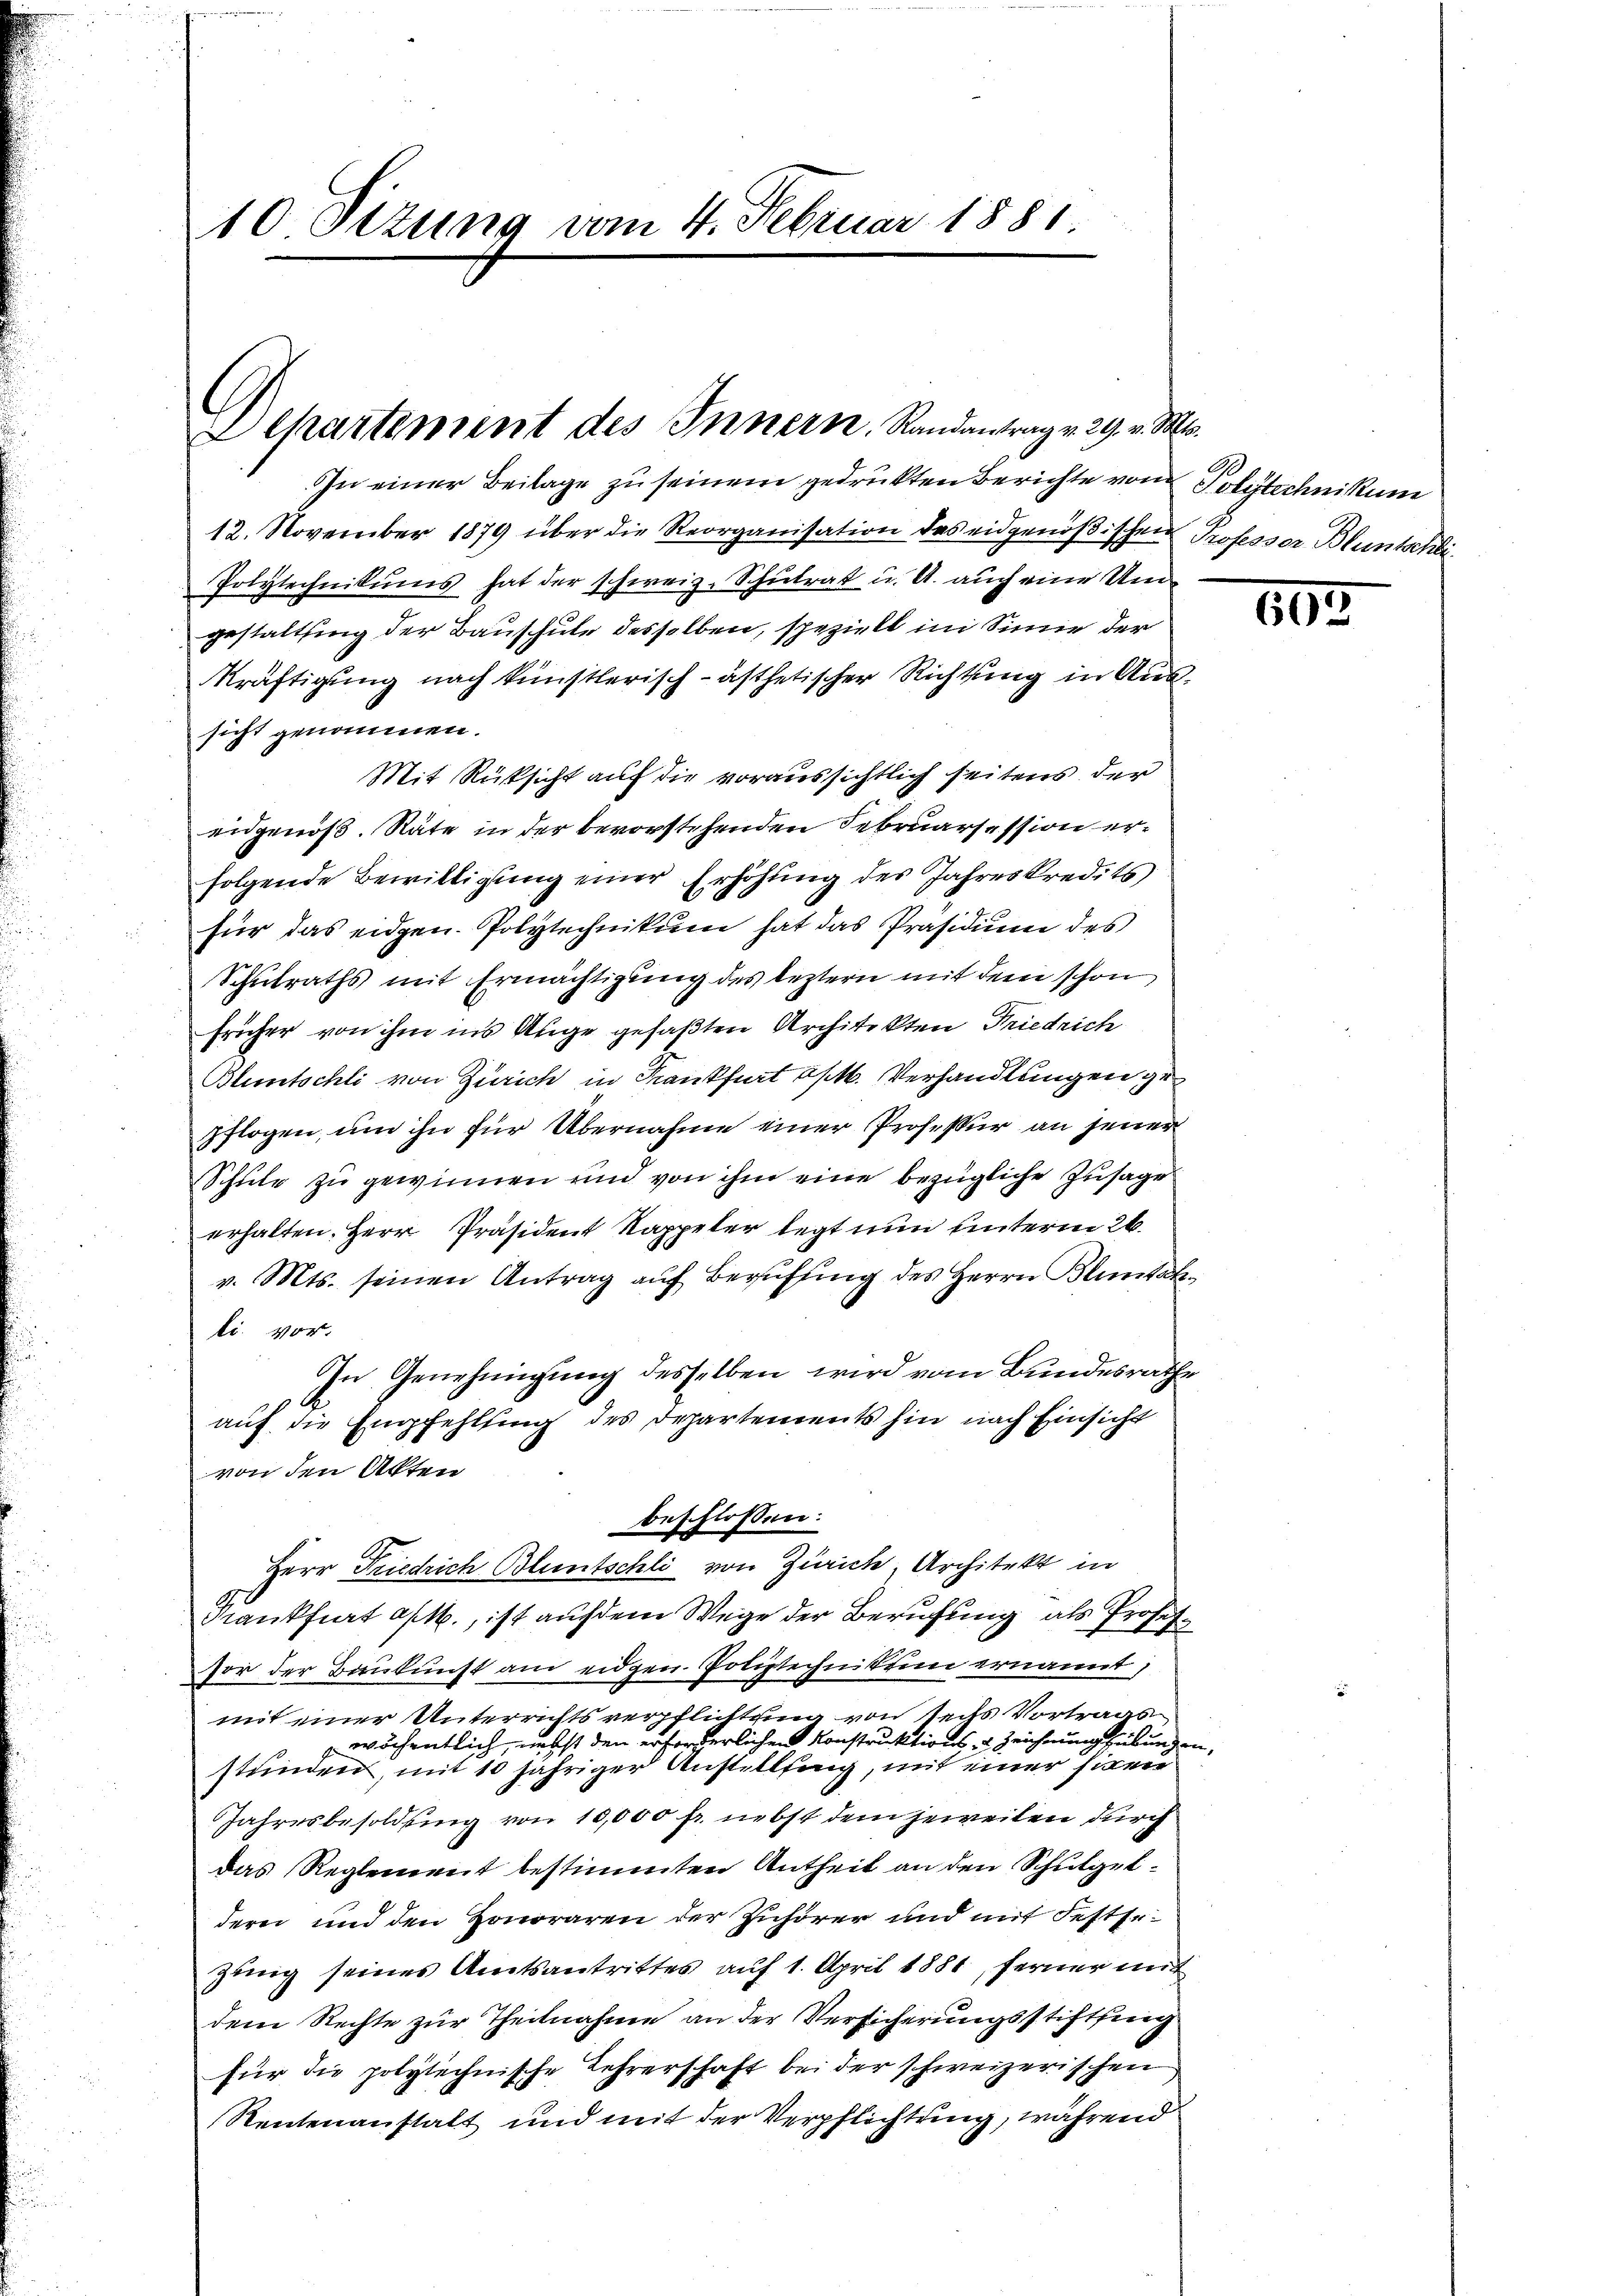
10 Sizung vom 4. Februar 1881.

L Chartement des Innern, Randantrag v. 29. v. Mts.

In einer Beilage zu seinem gedruckten Berichte von Polstechnikum
12. November 1879 über die Reorganisation des eidgenößischen Professor Bluntschli¬
Polytechnikums hat der schweiz. Schulrat u. A. auch eine Ungestattung der Bauschule desselben, speziell im Sinne der
kräftigung nach künstlerisch-ästhetischer Richtung in Aussicht genommen.
Mit Rücksicht auf die voraussichtlich seitens der
eidgenöß. Räte in der bevorstehenden Februarsession erfolgende Bewilligung einer Erhöhung des Jahreskredits
für das eidgen. Polytechnikum hat das Präsidium des
Schulraths mit Ermächtigung des leztern mit dem schon
früher von ihm ins Auge gefaßten Architekten Friedrich
Bluntschli von Zürich in Krankfurt a/M. Verhandlungen gepflogen, um ihn für Übernahme einer Professur an jener
Schule zu gewinnen und von ihm eine bezügliche Zusage
erhalten. Herr Präsident Kappeler legt nun unterm 26.
v. Mts. seinen Antrag aŭf Berŭfŭng des Herrn Bluntal-
ti. vor.
In Genehmigung desselben wird vom Bundesrathe
auf die Empfehlung des Departements hin nach Einsicht
von den Akten
beschlossen:
Herr Friedrich Bluntschli von Zürich, Architekt in
Frankfiert a/M., ist auf dem Wege der Berufung als Profes¬
Vor der Baukunst am eidgen Poliztechnikum ernannt,
mit einer Unterrichtsverpflichtung von sechs Vortrags
wöchentlich, nebst den erforderlichen Konstruktions- & Zeichnungsübung in
stunden, mit 10 jähriger Anstellung, mit einer Eigen
Jahresbesoldung von 10,000 fr. nebst dem jeweilen durch
das Reglement bestimmten Antheil an den Schulgeldern und den Honoraren der Zuhörer und mit Festse
zung seines Amtsantrittes auf 1. April 1881, ferner mit
dem Rechte zur Theilnahme an der Versicherungsstiftung
für die polytechnische Lehrerschaft bei der schweizerischen
Rentenanstalt und mit der Verpflichtung, während

c

103